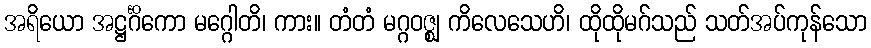
အရိယော အဋ္ဌင်္ဂိကော မဂ္ဂေါတိ၊ ကား။ တံတံ မဂ္ဂဝဇ္ဈ ကိလေသေဟိ၊ ထိုထိုမဂ်သည် သတ်အပ်ကုန်သော